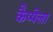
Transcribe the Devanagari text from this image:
कैप्पेला